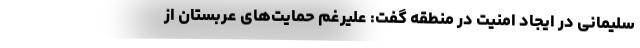
سلیمانی در ایجاد امنیت در منطقه گفت: علیرغم حمایت‌های عربستان از